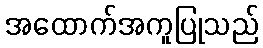
အထောက်အကူပြုသည်